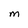
Character: M